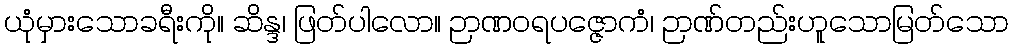
ယုံမှားသောခရီးကို။ ဆိန္ဒ၊ ဖြတ်ပါလော။ ဉာဏဝရပဇ္ဇောကံ၊ ဉာဏ်တည်းဟူသောမြတ်သော